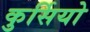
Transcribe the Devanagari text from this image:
कुर्सियो